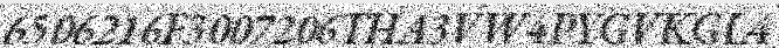
6506216F3007206THA3VW4PYGVKGL4